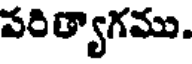
పరిత్యాగము.